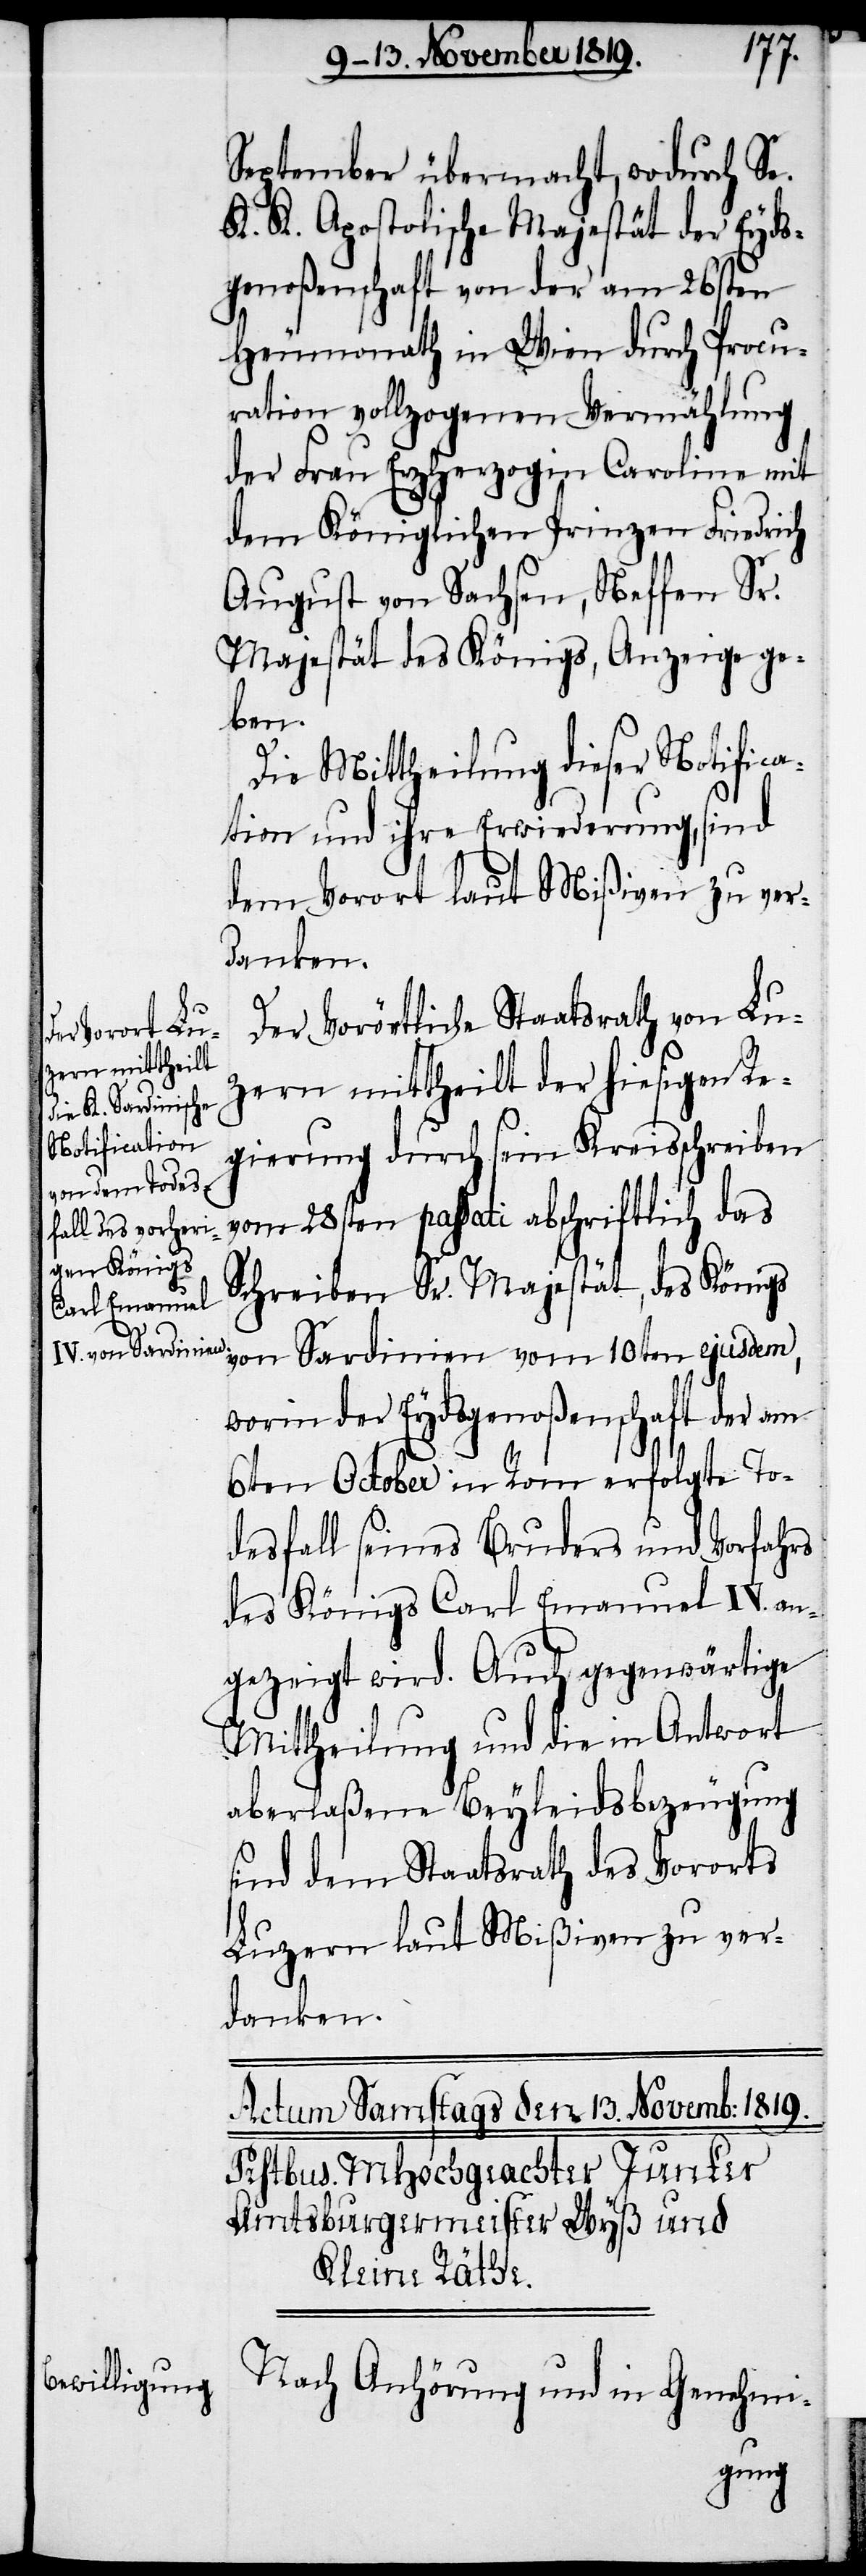
September übermacht, wodurch Se.
K. K. Apostolische Majestät der Eyds¬
genoßenschaft von der am 26sten
Heumonath in Wien durch Procu¬
ration vollzogenen Vermählung
der Frau Erzherzogin Caroline mit
dem Königlichen Prinzen Friedrich
August von Sachsen, Neffen Sr.
Majestät des Königs, Anzeige ge¬
ben.
Die Mittheilung dieser Notifica¬
tion und ihre Erwiederung, sind
dem Vorort laut Mißiven zu ver¬
danken.
Der Vorörtliche Staatsrath von Lu¬
zern mittheilt der hiesigen Re¬
gierung durch sein Kreisschreiben
vom 28sten passati abschriftlich das
Schreiben Sr. Majestät, des Königs
von Sardinien vom 10ten ejusdem,
worin der Eydsgenoßenschaft der am
6ten October in Rom erfolgte To¬
desfall seines Bruders und Vorfahrs
des Königs Carl Emanuel IV. an¬
gezeigt wird. Auch gegenwärtige
Mittheilung und die in Antwort
aberlaßene Beyleidsbezeugung
sind dem Staatsrath des Vororts
Luzern laut Mißiven zu verk¬
danken.
Nach Anhörung und in Genehmi-